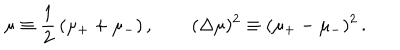
\mu \equiv \frac { 1 } { 2 } \, ( \mu _ { + } + \mu _ { - } ) \, , \qquad ( \Delta \mu ) ^ { 2 } \equiv ( \mu _ { + } - \mu _ { - } ) ^ { 2 } \, .